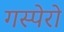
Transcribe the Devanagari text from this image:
गस्पेरो